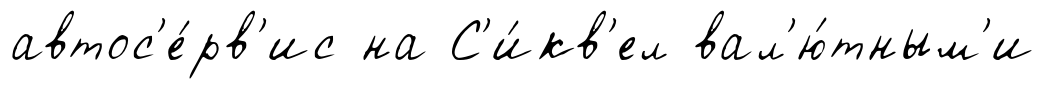
автос'е́рв'ис на С'и́кв'ел вал'ю́тным'и